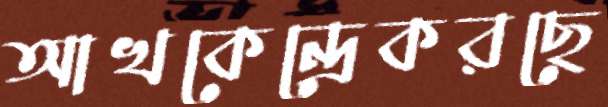
আখকেন্দ্রেকরছে